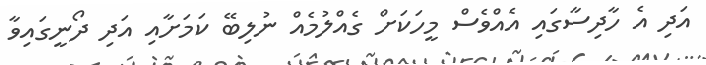
އަދި އެ ހާދިސާގައި އެއްވެސް މީހަކަށް ގެއްލުމެއް ނުލިބޭ ކަމަށާއި އަދި ދޯނީގައިވާ